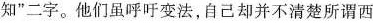
知”二字。他们虽呼吁变法，自己却并不清楚所谓西